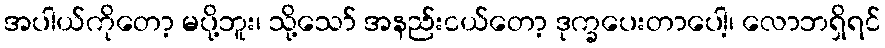
အပါယ်ကိုတော့ မပို့ဘူး၊ သို့သော် အနည်းငယ်တော့ ဒုက္ခပေးတာပေါ့၊ လောဘရှိရင်